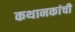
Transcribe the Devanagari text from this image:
कथानकांची